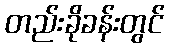
တည်းခိုခန်းတွင်